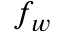
f _ { w }